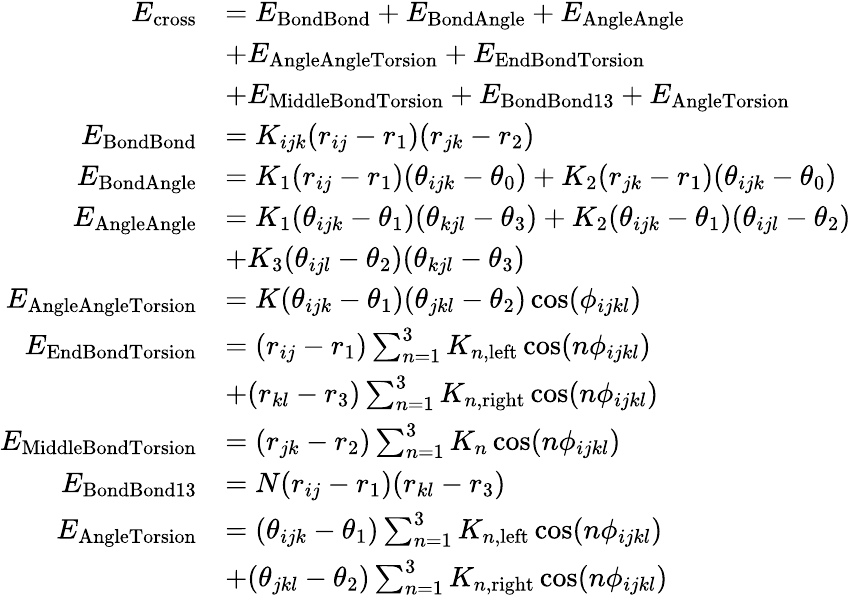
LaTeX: \begin{array}{rl}{E_{\mathrm{cross}}}&{=E_{\mathrm{BondBond}}+E_{\mathrm{BondAngle}}+E_{\mathrm{AngleAngle}}}\\ &{+E_{\mathrm{AngleAngleTorsion}}+E_{\mathrm{EndBondTorsion}}}\\ &{+E_{\mathrm{MiddleBondTorsion}}+E_{\mathrm{BondBond13}}+E_{\mathrm{AngleTorsion}}}\\ {E_{\mathrm{BondBond}}}&{=K_{ijk}(r_{ij}-r_{1})(r_{jk}-r_{2})}\\ {E_{\mathrm{BondAngle}}}&{=K_{1}(r_{ij}-r_{1})(\theta_{ijk}-\theta_{0})+K_{2}(r_{jk}-r_{1})(\theta_{ijk}-\theta_{0})}\\ {E_{\mathrm{AngleAngle}}}&{=K_{1}(\theta_{ijk}-\theta_{1})(\theta_{kjl}-\theta_{3})+K_{2}(\theta_{ijk}-\theta_{1})(\theta_{ijl}-\theta_{2})}\\ &{+K_{3}(\theta_{ijl}-\theta_{2})(\theta_{kjl}-\theta_{3})}\\ {E_{\mathrm{AngleAngleTorsion}}}&{=K(\theta_{ijk}-\theta_{1})(\theta_{jkl}-\theta_{2})\cos(\phi_{ijkl})}\\ {E_{\mathrm{EndBondTorsion}}}&{=(r_{ij}-r_{1})\sum_{n=1}^{3}K_{n,\mathrm{left}}\cos(n\phi_{ijkl})}\\ &{+(r_{kl}-r_{3})\sum_{n=1}^{3}K_{n,\mathrm{right}}\cos(n\phi_{ijkl})}\\ {E_{\mathrm{MiddleBondTorsion}}}&{=(r_{jk}-r_{2})\sum_{n=1}^{3}K_{n}\cos(n\phi_{ijkl})}\\ {E_{\mathrm{BondBond13}}}&{=N(r_{ij}-r_{1})(r_{kl}-r_{3})}\\ {E_{\mathrm{AngleTorsion}}}&{=(\theta_{ijk}-\theta_{1})\sum_{n=1}^{3}K_{n,\mathrm{left}}\cos(n\phi_{ijkl})}\\ &{+(\theta_{jkl}-\theta_{2})\sum_{n=1}^{3}K_{n,\mathrm{right}}\cos(n\phi_{ijkl})}\end{array}